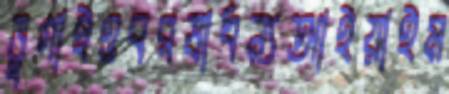
ভুগাইওবরষাধন্যআইয়াইম